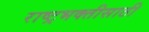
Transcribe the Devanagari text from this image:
राष्ट्रभक्तीसाठी